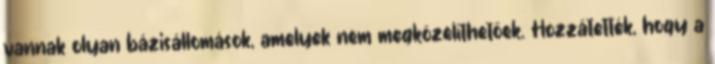
vannak olyan bázisállomások, amelyek nem megközelíthetőek. Hozzátették, hogy a